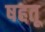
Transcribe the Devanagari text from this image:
षहतू